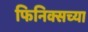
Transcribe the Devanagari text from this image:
फिनिक्सच्या